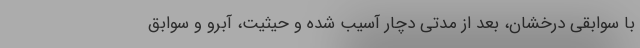
با سوابقی درخشان، بعد از مدتی دچار آسیب شده و حیثیت، آبرو و سوابق